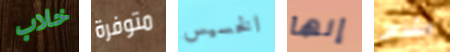
خلاب متوفرة الخسيس إنها الشرس